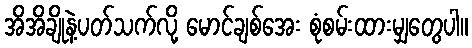
အိအိချိုနဲ့ပတ်သက်လို့ မောင်ချစ်အေး စုံစမ်းထားမျှတွေပါ။